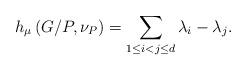
LaTeX: \begin{align*}h_{\mu}\left(G/P,\nu_{P}\right)=\sum_{1\le i<j\le d}\lambda_{i}-\lambda_{j}.\end{align*}